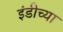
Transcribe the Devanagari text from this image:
इंडीच्या